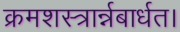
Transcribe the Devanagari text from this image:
क्रमशस्त्रार्न्नबार्धत।